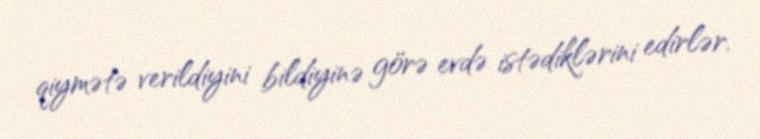
qiymətə verildiyini bildiyinə görə evdə istədiklərini edirlər.